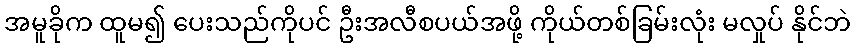
အမူခိုက ထူမ၍ ပေးသည်ကိုပင် ဦးအလီစပယ်အဖို့ ကိုယ်တစ်ခြမ်းလုံး မလှုပ် နိုင်ဘဲ